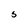
Character: S